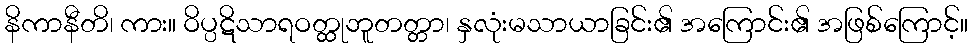
နိကာနီတိ၊ ကား။ ဝိပ္ပဋိသာရဝတ္ထုဘူတတ္တာ၊ နှလုံးမသာယာခြင်း၏ အကြောင်း၏ အဖြစ်ကြောင့်။